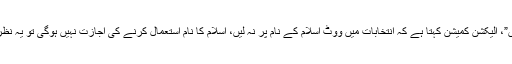
”چنانچہ ہم بھی اپنے حلوے مانڈے کے لئے حاضر ہیں”، الیکشن کمیشن کہتا ہے کہ انتخابات میں ووٹ اسلام کے نام پر نہ لیں، اسلام کا نام استعمال کرنے کی اجازت نہیں ہوگی تو یہ نظریہ پاکستان کا انکار ہے، پاکستان اسلام کیلئے بنا ہے۔